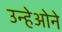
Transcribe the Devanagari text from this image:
उन्हेओने